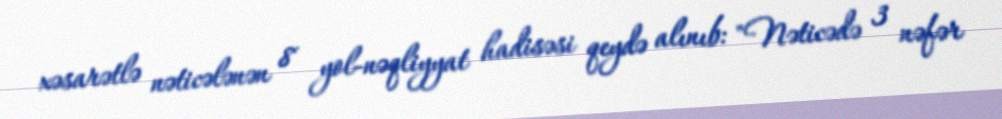
xəsarətlə nəticələnən 8 yol-nəqliyyat hadisəsi qeydə alınıb: "Nəticədə 3 nəfər